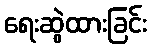
ရေးဆွဲထားခြင်း